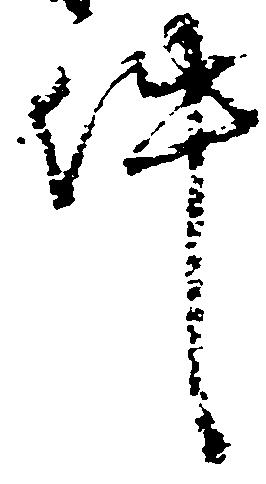
件